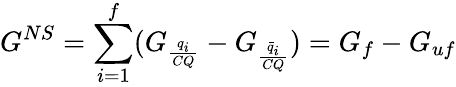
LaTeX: G^{NS}=\sum_{i=1}^{f}(G_{\frac{q_{i}}{CQ}}-G_{\frac{\bar{q}_{i}}{CQ}})=G_{f}-G_{uf}